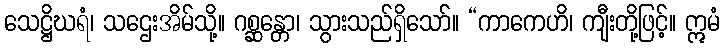
သေဋ္ဌိဃရံ၊ သဌေးအိမ်သို့။ ဂစ္ဆန္တော၊ သွားသည်ရှိသော်။ “ကာကေဟိ၊ ကျီးတို့ဖြင့်။ ဣမံ